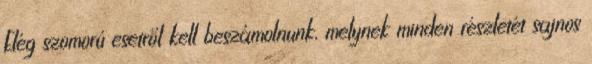
Elég szomorú esetről kell beszámolnunk, melynek minden részletét sajnos